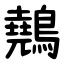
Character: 䴃